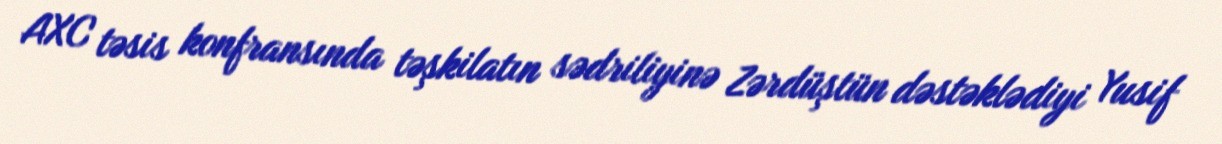
AXC təsis konfransında təşkilatın sədriliyinə Zərdüştün dəstəklədiyi Yusif